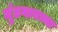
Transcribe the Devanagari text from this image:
मुंडगावच्या